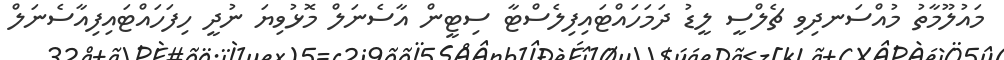
މައުލޫމާތު މުއްސަނދިވި ޗެލްސީ ލީޑު ދަމަހައްޓައިފިލެސްޓާ ސިޓީން އާސެނަލް މޮޅުވިޔަ ނުދީ ހިފަހައްޓައިފިއާސެނަލް